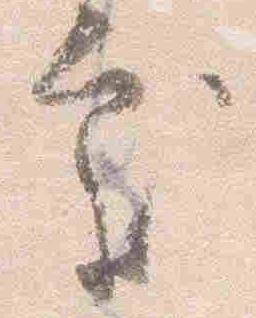
処